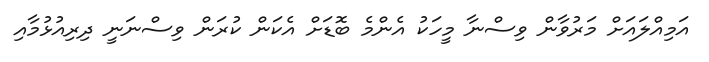
އަމިއްލައަށް މަރުވާން ވިސްނާ މީހަކު އެންމެ ބޮޑަށް އެކަން ކުރަން ވިސްނަނީ ދިރިއުޅުމާއި